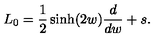
L _ { 0 } = \frac { 1 } { 2 } \sinh ( 2 w ) \frac { d } { d w } + s .